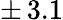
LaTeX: \pm\, 3.1